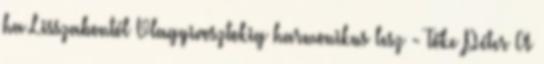
ha Lisszabontól Vlagyivosztokig harmonikus lesz - Tőke Péter A